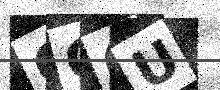
Text: GQOU